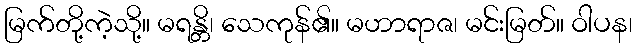
မြက်တို့ကဲ့သို့။ မရန္တိ၊ သေကုန်၏။ မဟာရာဇ၊ မင်းမြတ်။ ဝါပန၊